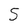
Character: 5